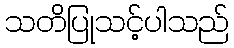
သတိပြုသင့်ပါသည်